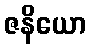
ဇနိယော